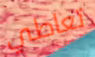
تعاطي